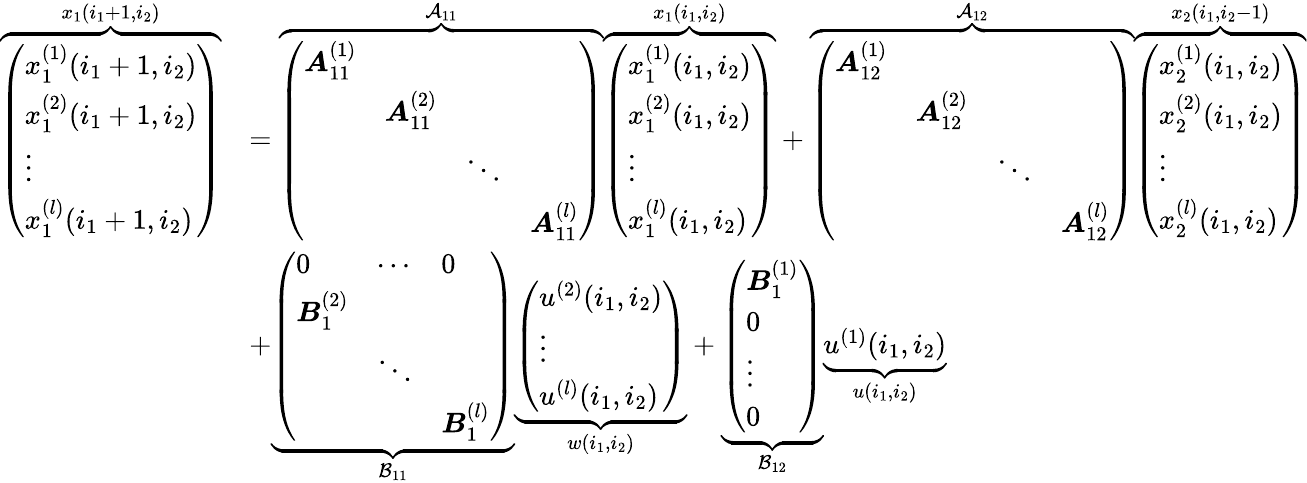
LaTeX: \begin{array}{rl}{\overbrace{\left(\begin{array}{l}{x_{1}^{(1)}(i_{1}+1,i_{2})}\\ {x_{1}^{(2)}(i_{1}+1,i_{2})}\\ {\vdots}\\ {x_{1}^{(l)}(i_{1}+1,i_{2})}\end{array}\right)}^{x_{1}(i_{1}+1,i_{2})}}&{=\overbrace{\left(\begin{array}{llll}{\boldsymbol{A}_{11}^{(1)}}&&&\\ &{\boldsymbol{A}_{11}^{(2)}}&&\\ &&{\ddots}&\\ &&&{\boldsymbol{A}_{11}^{(l)}}\end{array}\right)}^{\mathcal{A}_{11}}\overbrace{\left(\begin{array}{l}{x_{1}^{(1)}(i_{1},i_{2})}\\ {x_{1}^{(2)}(i_{1},i_{2})}\\ {\vdots}\\ {x_{1}^{(l)}(i_{1},i_{2})}\end{array}\right)}^{x_{1}(i_{1},i_{2})}+\overbrace{\left(\begin{array}{llll}{\boldsymbol{A}_{12}^{(1)}}&&&\\ &{\boldsymbol{A}_{12}^{(2)}}&&\\ &&{\ddots}&\\ &&&{\boldsymbol{A}_{12}^{(l)}}\end{array}\right)}^{\mathcal{A}_{12}}\overbrace{\left(\begin{array}{l}{x_{2}^{(1)}(i_{1},i_{2})}\\ {x_{2}^{(2)}(i_{1},i_{2})}\\ {\vdots}\\ {x_{2}^{(l)}(i_{1},i_{2})}\end{array}\right)}^{x_{2}(i_{1},i_{2}-1)}}\\ &{+\underbrace{\left(\begin{array}{lll}{0}&{\cdots}&{0}\\ {\boldsymbol{B}_{1}^{(2)}}&&\\ &{\ddots}&\\ &&{\boldsymbol{B}_{1}^{(l)}}\end{array}\right)}_{\mathcal{B}_{11}}\underbrace{\left(\begin{array}{l}{u^{(2)}(i_{1},i_{2})}\\ {\vdots}\\ {u^{(l)}(i_{1},i_{2})}\end{array}\right)}_{w(i_{1},i_{2})}+\underbrace{\left(\begin{array}{l}{\boldsymbol{B}_{1}^{(1)}}\\ {0}\\ {\vdots}\\ {0}\end{array}\right)}_{\mathcal{B}_{12}}\underbrace{u^{(1)}(i_{1},i_{2})}_{u(i_{1},i_{2})}}\end{array}